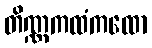
တိဏ္ဏကထံကထော